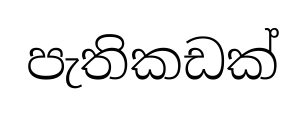
පැතිකඩක්